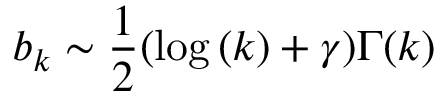
b _ { k } \sim \frac { 1 } { 2 } ( \log { ( k ) } + \gamma ) \Gamma ( k )